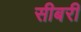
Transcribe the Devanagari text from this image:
सीबरी